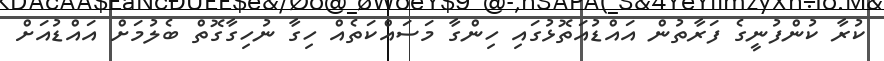
ކުރާ ކުންފުނީގެ ފަރާތުން އައްޑުއަތޮޅުގައި ހިންގާ މަސައްކަތެއް ހިގާ ނުހިގާގޮތް ބެލުމަށް އައްޑުއަށް